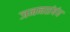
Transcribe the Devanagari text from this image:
जननसंबंध